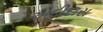
અદીદાસ